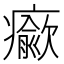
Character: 𤻍